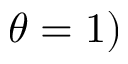
\theta = 1 )